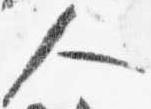
人